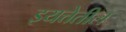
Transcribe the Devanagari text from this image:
इयत्तेतील